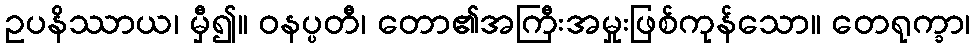
ဥပနိဿာယ၊ မှီ၍။ ဝနပ္ပတီ၊ တော၏အကြီးအမှုးဖြစ်ကုန်သော။ တေရုက္ခာ၊